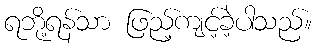
ရဘို့ရန်သာ ဖြည့်ကျင့်ခဲ့ပါသည်။